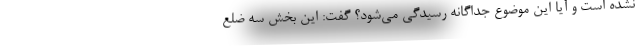
نشده است و آیا این موضوع جداگانه رسیدگی می‌شود؟ گفت: این بخش سه ضلع